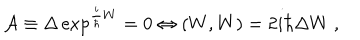
{ \cal A } \equiv \Delta \exp ^ { \frac { i } { \hbar } W } = 0 \Leftrightarrow ( W , W ) = 2 i \hbar \Delta W \ ,